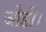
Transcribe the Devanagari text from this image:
जोडो।